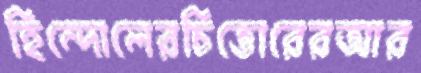
হিন্দোলেরচিত্তোরেরআর